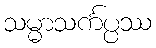
သမ္မာသင်္ကပ္ပဿ